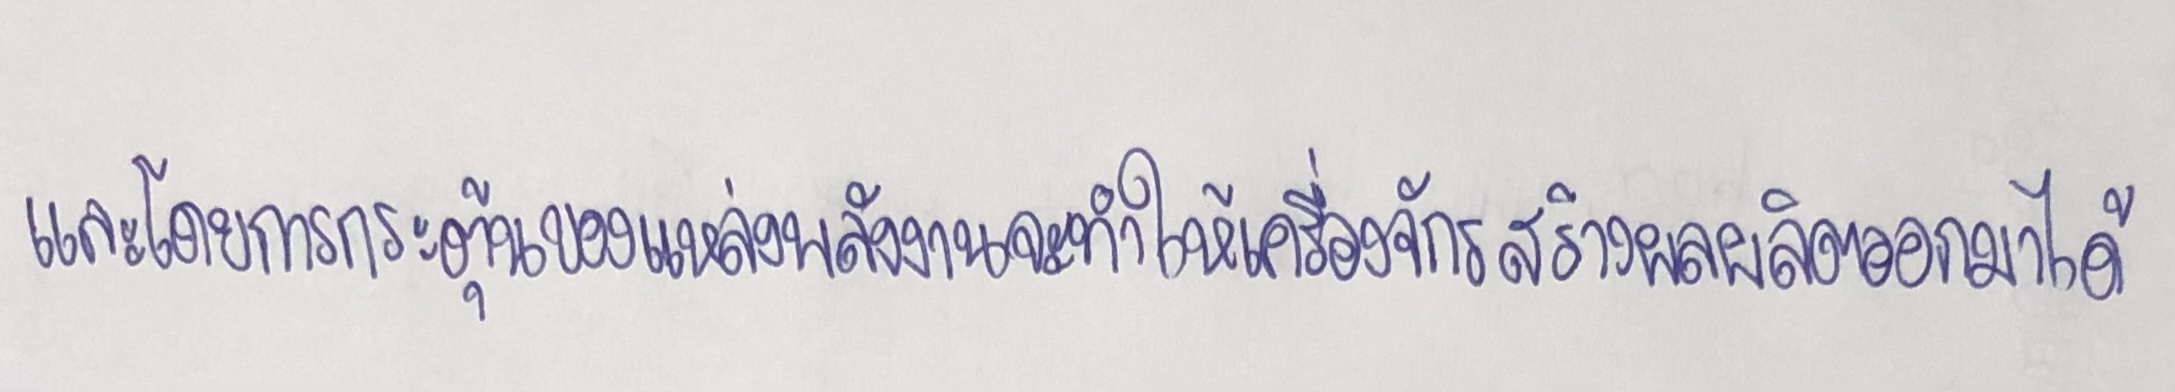
และโดยการกระตุ้นของแหล่งพลังงานจะทำให้เครื่องจักรสร้างผลผลิตออกมาได้